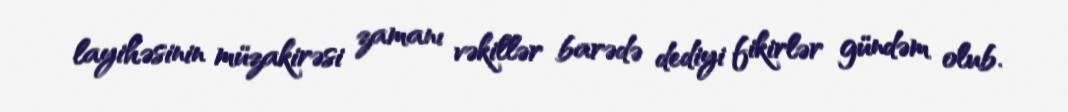
layihəsinin müzakirəsi zamanı vəkillər barədə dediyi fikirlər gündəm olub.